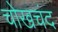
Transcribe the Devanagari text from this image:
चोखचंद